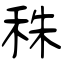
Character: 秼